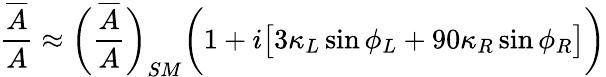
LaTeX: {\frac{\overline{{{A}}}}{A}}\approx\biggl({\frac{\overline{{{A}}}}{A}}\biggr)_{SM}\biggl(1+i\bigl[3\kappa_{L}\sin\phi_{L}+90\kappa_{R}\sin\phi_{R}\bigr]\biggr)